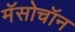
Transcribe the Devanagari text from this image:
मॅसोचॉन